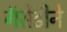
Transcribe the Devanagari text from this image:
गॅसेंडीने